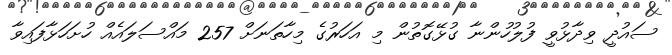
ސައުދީ ވިދާޅުވީ ފުލުހުންނާ ގުޅޭގޮތުން މި އަހަރުގެ މިހާތަނަށް 257 މައްސަލައެއް ހުށަހަޅާފައިވާ